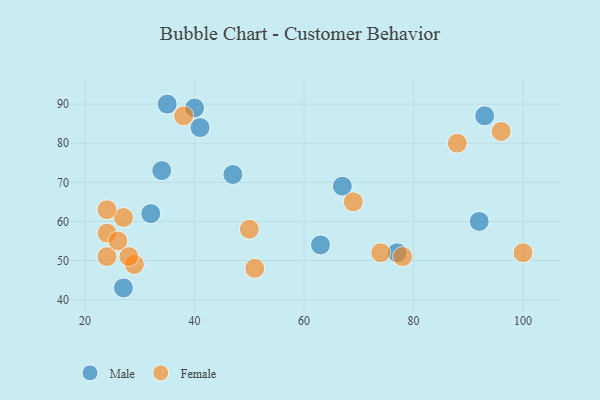
{"axis": {"x": "GDP", "y": "Life Expectancy"}, "legend": ["Female", "Male"], "data": [{"x": "93", "y": 87, "type": "Male"}, {"x": "40", "y": 89, "type": "Male"}, {"x": "27", "y": 43, "type": "Male"}, {"x": "32", "y": 62, "type": "Male"}, {"x": "41", "y": 84, "type": "Male"}, {"x": "92", "y": 60, "type": "Male"}, {"x": "63", "y": 54, "type": "Male"}, {"x": "34", "y": 73, "type": "Male"}, {"x": "67", "y": 69, "type": "Male"}, {"x": "47", "y": 72, "type": "Male"}, {"x": "35", "y": 90, "type": "Male"}, {"x": "77", "y": 52, "type": "Male"}, {"x": "29", "y": 49, "type": "Female"}, {"x": "51", "y": 48, "type": "Female"}, {"x": "24", "y": 57, "type": "Female"}, {"x": "88", "y": 80, "type": "Female"}, {"x": "69", "y": 65, "type": "Female"}, {"x": "50", "y": 58, "type": "Female"}, {"x": "27", "y": 61, "type": "Female"}, {"x": "96", "y": 83, "type": "Female"}, {"x": "24", "y": 51, "type": "Female"}, {"x": "38", "y": 87, "type": "Female"}, {"x": "26", "y": 55, "type": "Female"}, {"x": "24", "y": 63, "type": "Female"}, {"x": "74", "y": 52, "type": "Female"}, {"x": "78", "y": 51, "type": "Female"}, {"x": "100", "y": 52, "type": "Female"}, {"x": "28", "y": 51, "type": "Female"}]}